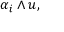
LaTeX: \alpha _ { i } \wedge u ,